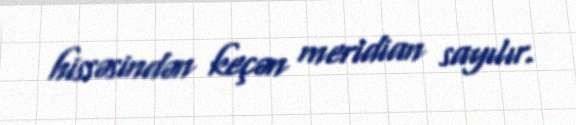
hissəsindən keçən meridian sayılır.